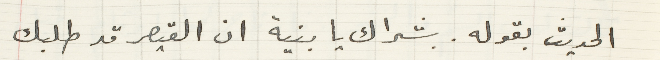
الحديث بقوله. بشراك يا بنية ان القيصر قد طلبك